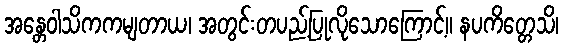
အန္တေဝါသိကကမျတာယ၊ အတွင်းတပည့်ပြုလိုသောကြောင့်။ နပကိတ္တေသိ၊